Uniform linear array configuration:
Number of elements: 32
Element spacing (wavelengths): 0.75
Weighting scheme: binomial
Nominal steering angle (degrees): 15
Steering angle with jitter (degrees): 16.165
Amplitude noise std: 0.05
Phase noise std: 0.05

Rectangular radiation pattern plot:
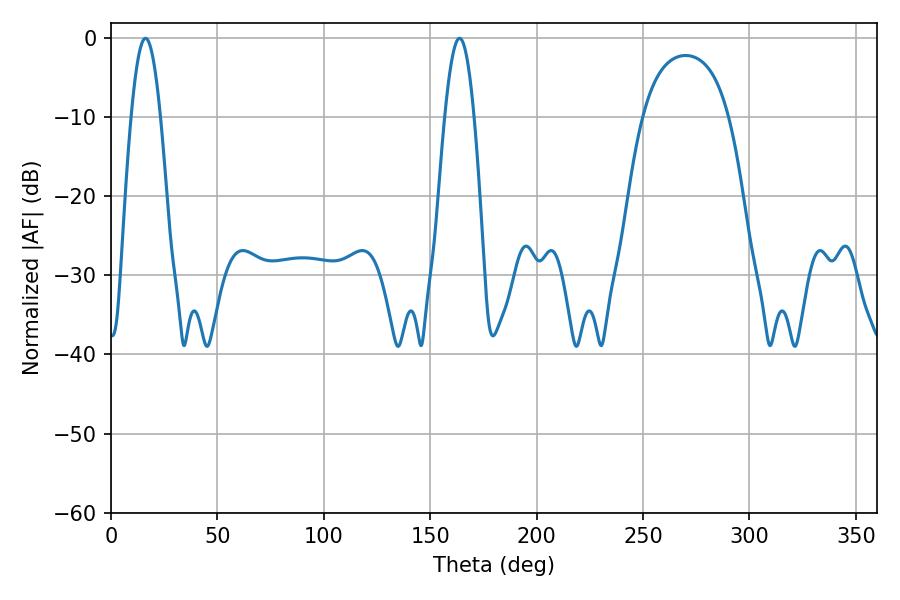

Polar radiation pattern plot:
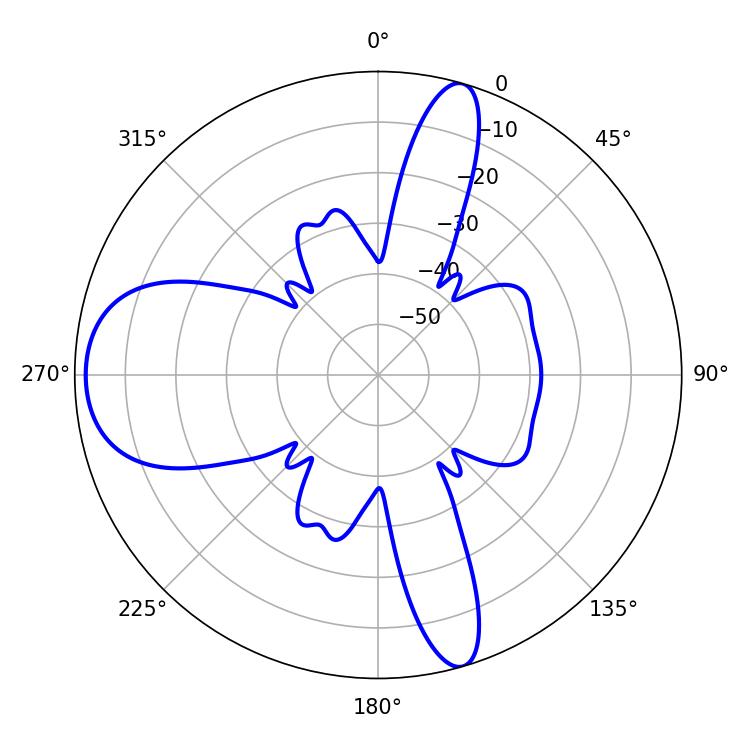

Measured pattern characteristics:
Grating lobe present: TRUE
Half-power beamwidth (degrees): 7.38
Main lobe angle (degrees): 16.2